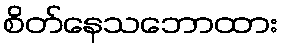
စိတ်နေသဘောထား